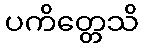
ပကိတ္တေသိ